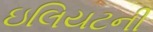
ઇલિયટની